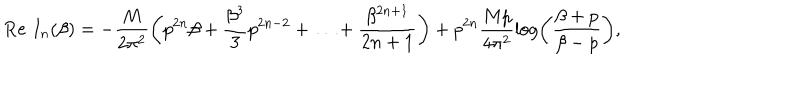
\mathrm { R e } \, \, I _ { n } ( \beta ) = - \frac { M } { 2 { \pi ^ { 2 } } } \left( p ^ { 2 n } \beta + \frac { \beta ^ { 3 } } { 3 } p ^ { 2 n - 2 } + \ldots + \frac { \beta ^ { 2 n + 1 } } { 2 n + 1 } \right) + { p ^ { 2 n } } \frac { M p } { 4 { \pi ^ { 2 } } } \log \left( \frac { \beta + p } { \beta - p } \right) ,